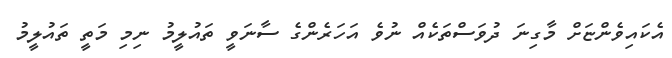
އެކައިވެންޏަށް މާގިނަ ދުވަސްތަކެއް ނުވެ އަހަރެންގެ ސާނަވީ ތައުލީމު ނިމި މަތީ ތައުލީމު